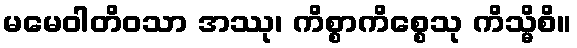
မမေဝါတိဝသာ အဿု၊ ကိစ္စာကိစ္စေသု ကိသ္မိစိ။